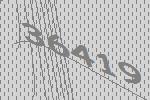
36419